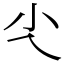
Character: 尐